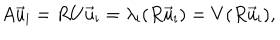
A \vec { u } _ { \mathrm { i } } = R U \vec { u } _ { \mathrm { i } } = \lambda _ { \mathrm { i } } ( R \vec { u } _ { \mathrm { i } } ) = V ( R \vec { u } _ { \mathrm { i } } ) ,